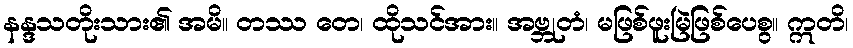
နန္ဒသတိုးသား၏ အမိ။ တဿ တေ၊ ထိုသင်အား။ အဗ္ဘုတံ၊ မဖြစ်ဖူးမြဲဖြစ်ပေစွ။ ဣတိ၊